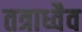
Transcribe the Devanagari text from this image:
तत्राध्वैव